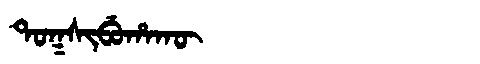
Manchu: ᡨᠣᡴᠰᡳᠪᡠᡥᠠᡴᡡ
Romanization: TOKSIBUHAKŪ